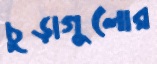
চূড়াগুলোর